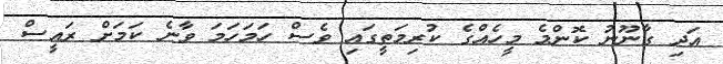
އަދި ގާނޫނު ކޮންމެ މީހެއްގެ ކުރިމަތީގައި ވެސް ހަމަހަމަ ވާނެ ކަމަށް ރައީސް